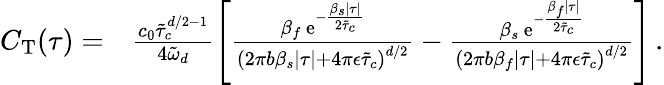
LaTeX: \begin{array}{rl}{C_{\mathrm{T}}(\tau)=}&{\frac{c_{0}\tilde{\tau}_{c}^{d/2-1}}{4\tilde{\omega}_{d}}\left[\frac{\beta_{f}\, \mathrm{e}^{-\frac{\beta_{s}\lvert\tau\rvert}{2\tilde{\tau}_{c}}}}{\left(2\pi b\beta_{s}\lvert\tau\rvert+4\pi\epsilon\tilde{\tau}_{c}\right)^{d/2}}-\frac{\beta_{s}\, \mathrm{e}^{-\frac{\beta_{f}\lvert\tau\rvert}{2\tilde{\tau}_{c}}}}{\left(2\pi b\beta_{f}\lvert\tau\rvert+4\pi\epsilon\tilde{\tau}_{c}\right)^{d/2}}\right]\, .}\end{array}